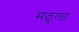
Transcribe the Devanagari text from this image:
मठुला